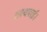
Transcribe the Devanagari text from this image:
थपथपाई।